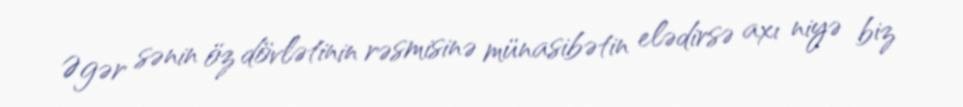
Əgər sənin öz dövlətinin rəsmisinə münasibətin elədirsə axı niyə biz